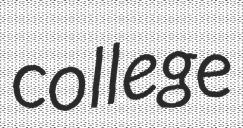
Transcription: college